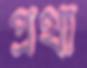
প্রথা